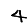
Digit: 4